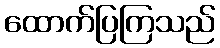
ထောက်ပြကြသည်